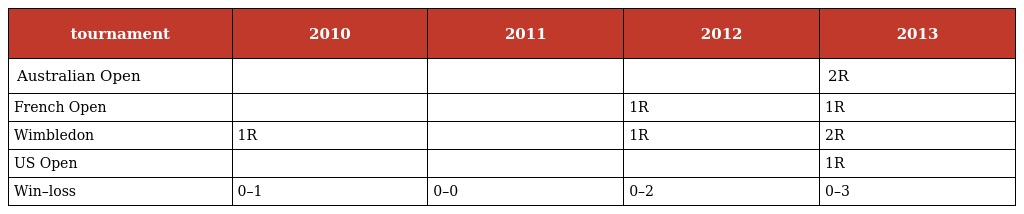
| tournament | 2010 | 2011 | 2012 | 2013 |
 | --- | --- | --- | --- | --- |
 | Australian Open |  |  |  | 2R |
 | French Open |  |  | 1R | 1R |
 | Wimbledon | 1R |  | 1R | 2R |
 | US Open |  |  |  | 1R |
 | Win–loss | 0–1 | 0–0 | 0–2 | 0–3 |